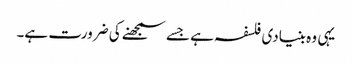
یہی وہ بنیادی فلسفہ ہے جسے سمجھنے کی ضرورت ہے۔